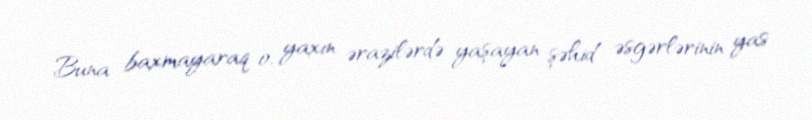
Buna baxmayaraq o, yaxın ərazilərdə yaşayan şəhid əsgərlərinin yas